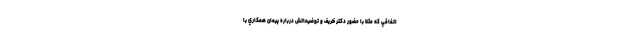
اتفاقي كه مثلا با حضور دكتر ظريف و توضيحاتش درباره پيمان همكاري با